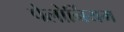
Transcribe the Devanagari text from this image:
पेलोर्नियम